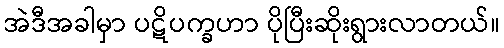
အဲဒီအခါမှာ ပဋိပက္ခဟာ ပိုပြီးဆိုးရွားလာတယ်။